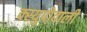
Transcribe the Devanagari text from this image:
क्स्युपोवाली